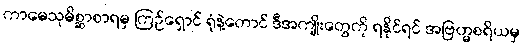
ကာမေသုမိစ္ဆာစာရမှ ကြဉ်ရှောင် ရုံနဲ့တောင် ဒီအကျိုးတွေကို ရနိုင်ရင် အဗြဟ္မစရိယမှ